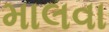
માલવા